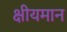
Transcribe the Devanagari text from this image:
क्षीयमान